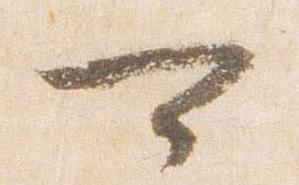
可